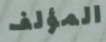
المؤلف